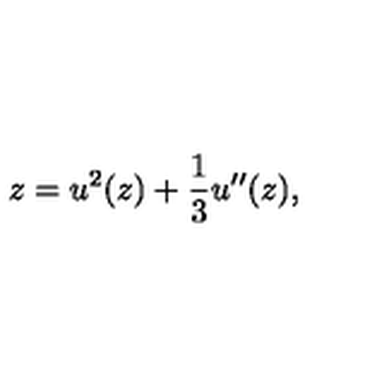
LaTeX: z = u ^ { 2 } ( z ) + { \frac { 1 } { 3 } } u ^ { \prime \prime } ( z ) ,